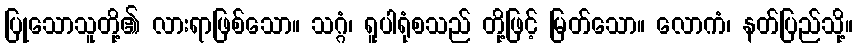
ပြုသောသူတို့၏ လားရာဖြစ်သော။ သဂ္ဂံ၊ ရူပါရုံစသည် တို့ဖြင့် မြတ်သော။ လောကံ၊ နတ်ပြည်သို့။